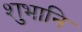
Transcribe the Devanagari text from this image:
शुभानि